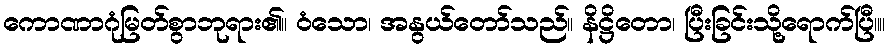
ကောဏာဂုံမြတ်စွာဘုရား၏။ ဝံသော၊ အနွယ်တော်သည်။ နိဋ္ဌိတော၊ ပြီးခြင်းသို့ရောက်ပြီ။။